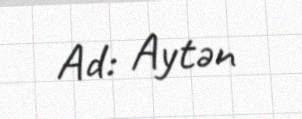
Ad: Aytən